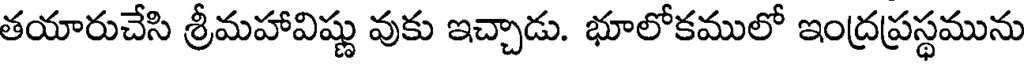
తయారుచేసి శ్రీమహావిష్ణు వుకు ఇచ్చాడు. భూలోకములో ఇంద్రప్రస్థమును